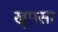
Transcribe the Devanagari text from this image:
खूपसा